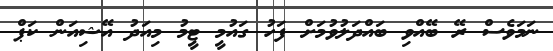
ނަމަވެސް ރޭ ބޭއްވި ބައްދަލުވުމަށް ފަހު ގައުމީ ޓީމު މިއަދު އޭޝިއަން ކަޕް